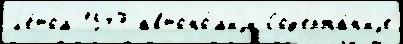
л'е́том 1547 автоно́м'иjи Сод'ержа́н'иjе